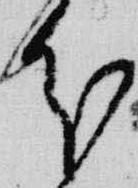
分